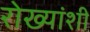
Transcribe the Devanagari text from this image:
रोख्यांशी